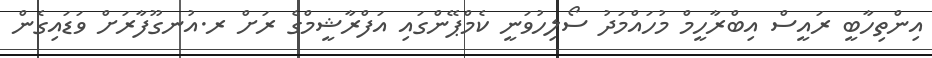
އިންތިހާބީ ރައީސް އިބްރާހީމް މުހައްމަދު ސޯލިހުވަނީ ކެމްޕޭންގައި އަފްރާޝީމްގެ ރަށް ރ.އުނގޫފާރަށް ވަޑައިގެން